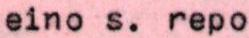
eino s. repo